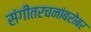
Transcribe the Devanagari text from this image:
संगीतरचनांबरोबर